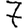
Digit: 7